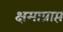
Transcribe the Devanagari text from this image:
क्षमाप्राप्त